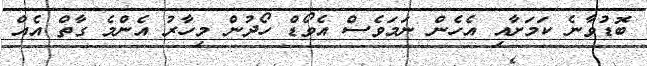
ބޮޑުވާނެ ކަމަށާއި އެހެން ނަމަވެސް އެވޯޑް ހޯދުން މިހާރު އެންމެ ގާތް އެއް